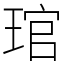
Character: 琯